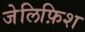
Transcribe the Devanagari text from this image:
जेलिफ़िश